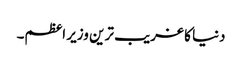
دنیا کا غریب ترین وزیر اعظم۔